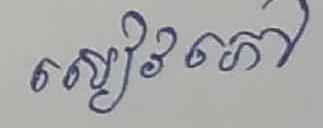
សៀវភៅ